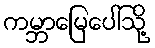
ကမ္ဘာမြေပေါ်သို့